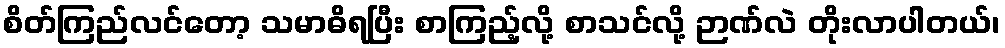
စိတ်ကြည်လင်တော့ သမာဓိရပြီး စာကြည့်လို့ စာသင်လို့ ဉာဏ်လဲ တိုးလာပါတယ်၊